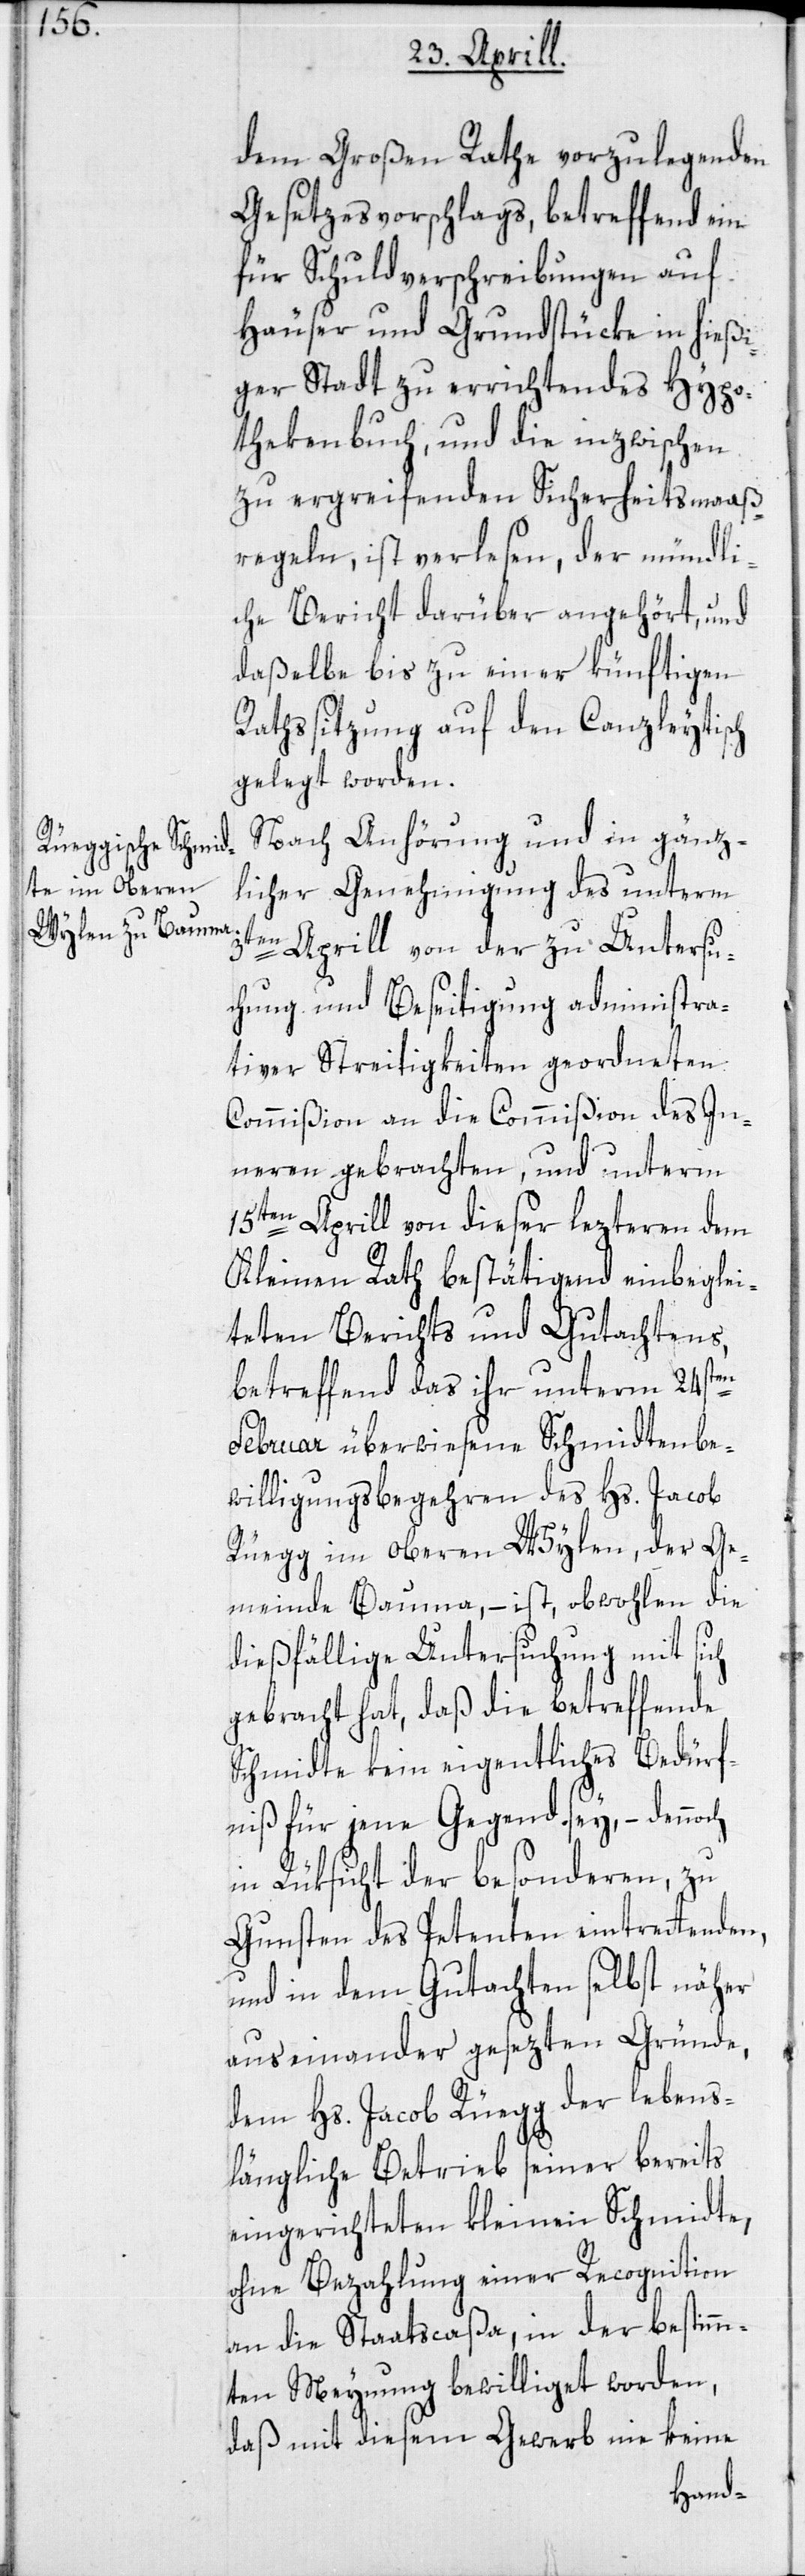
dem Großen Rathe vorzulegenden
Gesetzesvorschlags, betreffend ein
für Schuldverschreibungen auf
Häuser und Grundstücke in hießi¬
ger Stadt zu errichtendes Hypo¬
thekenbuch, und die inzwischen
zu ergreifenden Sicherheitsmaaß¬
regeln, ist verlesen, der mündli¬
che Bericht darüber angehört, und
daßelbe bis zu einer künftigen
Rathssitzung auf den Canzleytisch
gelegt worden.
Nach Anhörung und in gänz¬
licher Genehmigung des unterm
3ten Aprill von der zu Untersu¬
ch
chung und Beseitigung administra¬
tiver Streitigkeiten geordneten
Commißion an die Commißion des In¬
neren gebrachten, und unterm
15ten Aprill von dieser lezteren dem
Kleinen Rath bestätigend einbeglei¬
teten Berichts und Gutachtens,
betreffend das ihr unterm 24sten
Februar überwiesene Schmidtenbe¬
willigungsbegehren des Hs. Jacob
Rüegg im oberen Wylen, der Ge¬
meinde Bauma, – ist, obwohlen die
dießfällige Untersuchung mit sich
gebracht hat, daß die betreffende
Schmidte kein eigentliches Bedürf¬
niß für jene Gegend sey, – denno¬
in Rüksicht der besonderen, zu
Gunsten des Petenten eintrettenden,
und in dem Gutachten selbst näher
auseinander gesezten Gründe,
dem Hs. Jacob Rüegg der lebens¬
längliche Betrieb seiner bereits
eingerichteten kleinen Schmidte,
ohne Bezahlung einer Recognition
an die Staatscaßa, in der bestimm¬
ten Meynung bewilliget worden,
daß mit diesem Gewerb nie keine